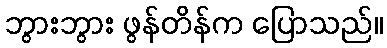
ဘွားဘွား ဖွန်တိန်က ပြောသည်။